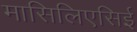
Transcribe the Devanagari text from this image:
मासिलिएसिई